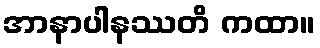
အာနာပါနဿတိ ကထာ။